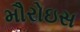
મૌરોઇસ